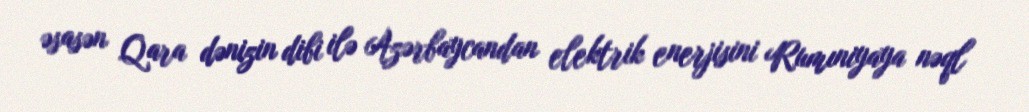
əsasən Qara dənizin dibi ilə Azərbaycandan elektrik enerjisini Rumıniyaya nəql